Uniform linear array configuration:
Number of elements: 32
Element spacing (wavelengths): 0.75
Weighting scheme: binomial
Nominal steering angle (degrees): -60
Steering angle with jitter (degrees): -61.191
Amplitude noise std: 0.05
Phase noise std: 0.05

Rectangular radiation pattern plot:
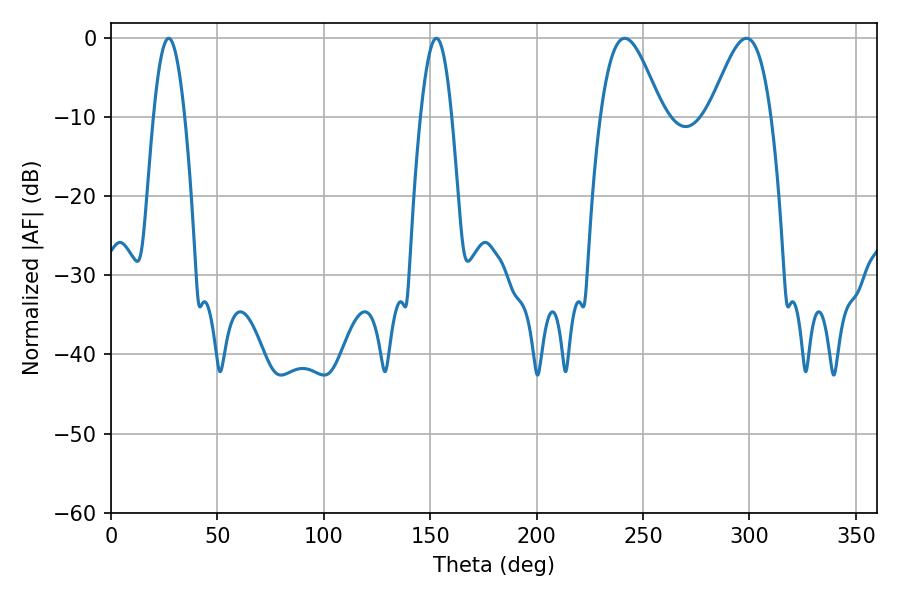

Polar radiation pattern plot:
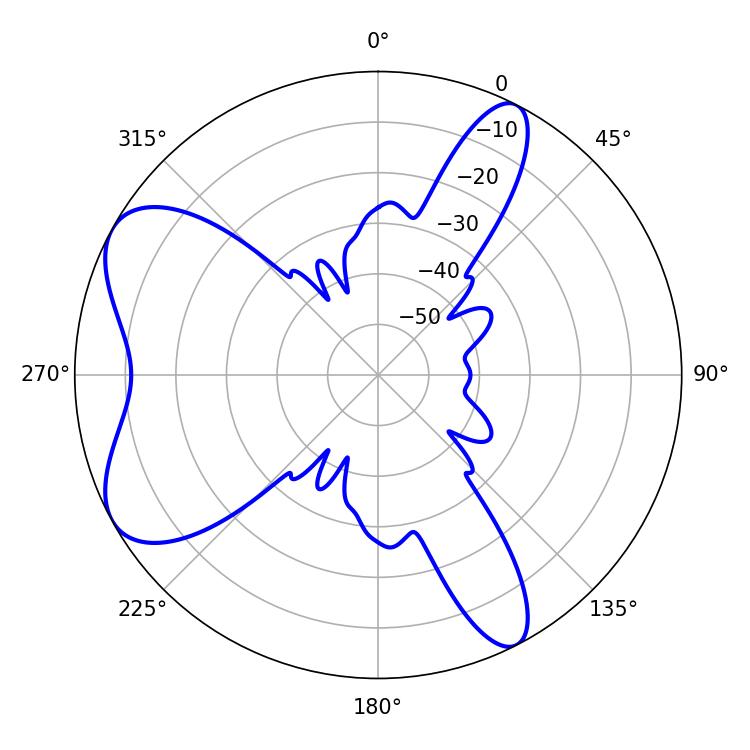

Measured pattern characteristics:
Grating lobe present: TRUE
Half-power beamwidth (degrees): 15.48
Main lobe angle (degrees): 241.38